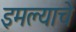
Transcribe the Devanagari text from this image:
इमल्याचे